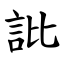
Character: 䚹